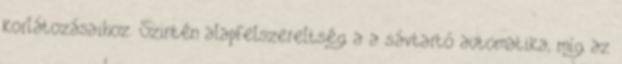
korlátozásaihoz. Szintén alapfelszereltség a a sávtartó automatika, míg az